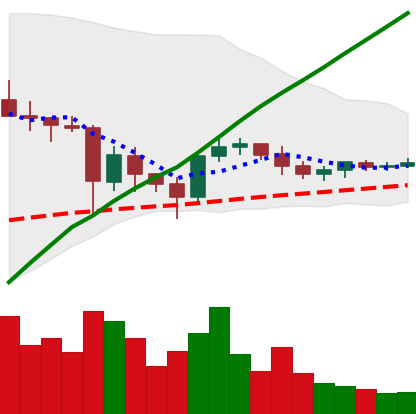
Ticker: ETC-USD
Chart end date: 2021-06-03
Forward return: -18.473%
Label: down_7plus